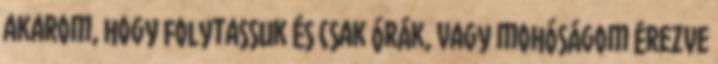
akarom, hogy folytassuk és csak órák, vagy mohóságom érezve